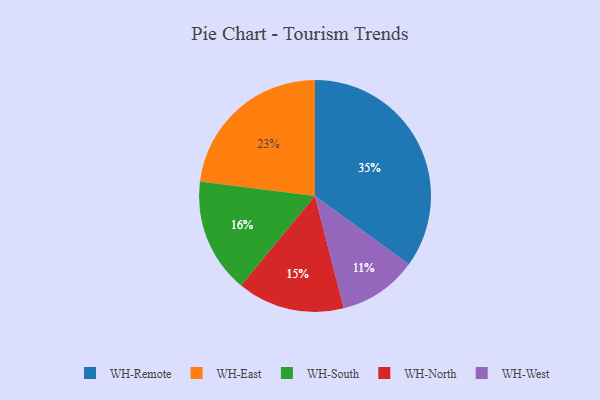
{"axis": {"x": "Category", "y": "Percentage"}, "legend": ["WH-East", "WH-North", "WH-Remote", "WH-South", "WH-West"], "data": [{"x": "WH-West", "y": 11, "type": "WH-West"}, {"x": "WH-East", "y": 23, "type": "WH-East"}, {"x": "WH-South", "y": 16, "type": "WH-South"}, {"x": "WH-North", "y": 15, "type": "WH-North"}, {"x": "WH-Remote", "y": 35, "type": "WH-Remote"}]}